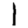
Digit: 1